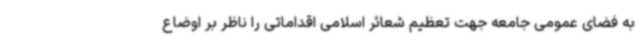
به فضای عمومی جامعه جهت تعظیم شعائر اسلامی اقداماتی را ناظر بر اوضاع